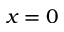
x = 0